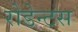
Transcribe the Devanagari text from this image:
रोडेन्टस